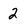
Character: 2